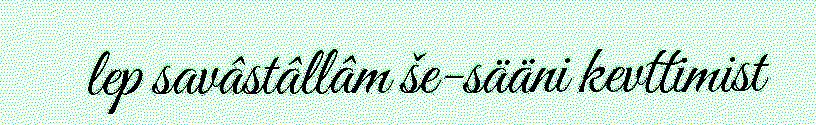
lep savâstâllâm še-sääni kevttimist